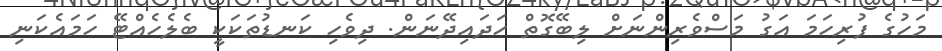
މަހުގެ ފުރިހަމަ އަގު މަސްވެރިންނަށް ލިބޭގޮތް ހަދައިދޭނަން. ދިވެހި ކަނޑުތަކަކީ ބެލެހެއްޓޭ ހަމައެކަނި